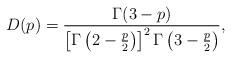
LaTeX: \begin{align*}D(p) = \frac{\Gamma(3-p)}{\left[\Gamma\left(2-\frac{p}{2}\right)\right]^2\Gamma\left(3-\frac{p}{2}\right)},\end{align*}